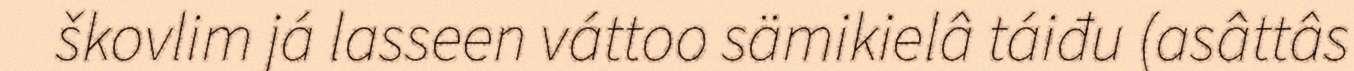
škovlim já lasseen váttoo sämikielâ táiđu (asâttâs